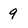
Character: 9